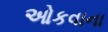
ઓકવાના